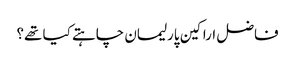
فاضل اراکین پارلیمان چاہتے کیا تھے؟